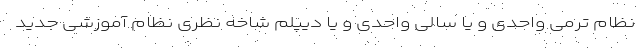
نظام ترمی واحدی و یا سالی واحدی و یا دیپلم شاخه نظری نظام آموزشی جدید